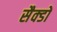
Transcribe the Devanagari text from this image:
सैक्डों